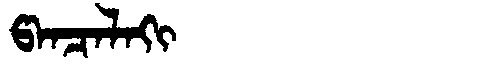
Manchu: ᡦᠠᠨᠴᠠᠯᠠᡴᡳ
Romanization: PANCALAKI